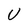
Character: U